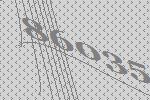
86035